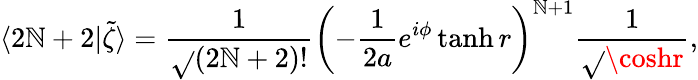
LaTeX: \langle2\mathbb{N}+2|\tilde{{\zeta}}\rangle=\frac{{1}}{{\sqrt{}{{(2\mathbb{N}+2)!}}}}\left(-\frac{{1}}{{2a}}e^{i\phi}\operatorname{tanh}r\right)^{\mathbb{N}+1}\frac{{1}}{{\sqrt{}{{\coshr}}}},